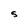
Character: S